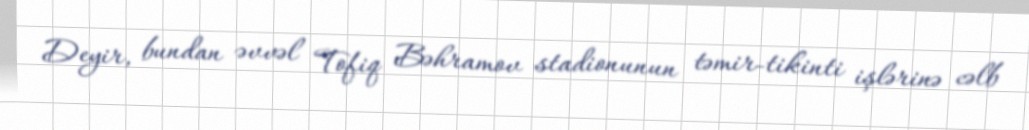
Deyir, bundan əvvəl Tofiq Bəhramov stadionunun təmir-tikinti işlərinə cəlb